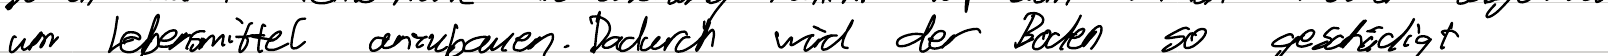
um Lebensmittel anzubauen. Dadurch wird der Boden so geschädigt